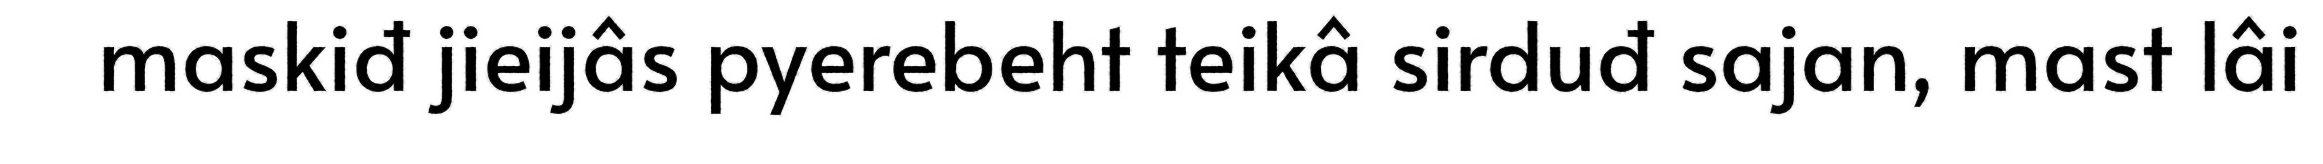
maskiđ jieijâs pyerebeht teikâ sirduđ sajan, mast lâi